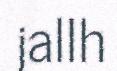
jallh